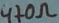
Text: 470Ω